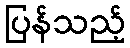
ပြန်သည့်